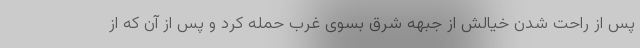
پس از راحت شدن خیالش از جبهه شرق بسوی غرب حمله کرد و پس از آن که از